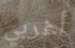
أغربي